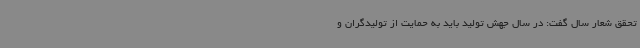
تحقق شعار سال گفت: در سال جهش تولید باید به حمایت از تولیدگران و